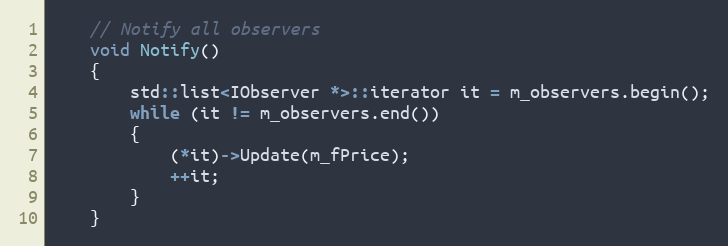
Language: C
    // Notify all observers
    void Notify()
    {
        std::list<IObserver *>::iterator it = m_observers.begin();
        while (it != m_observers.end())
        {
            (*it)->Update(m_fPrice);
            ++it;
        }
    }